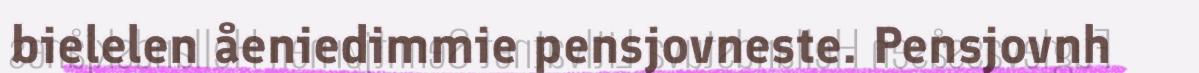
bielelen åeniedimmie pensjovneste. Pensjovnh